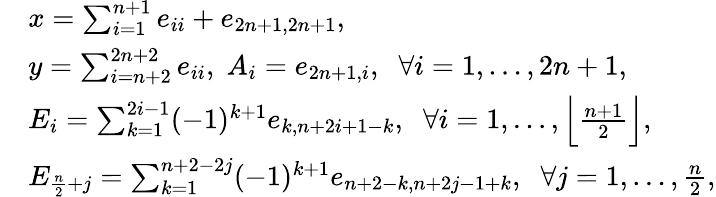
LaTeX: \begin{array}{rl}&{x=\sum_{i=1}^{n+1}e_{ii}+e_{2n+1,2n+1},\; }\\ &{y=\sum_{i=n+2}^{2n+2}e_{ii},\; A_{i}=e_{2n+1,i},\; \; \forall i=1,\ldots,2n+1,}\\ &{E_{i}=\sum_{k=1}^{2i-1}(-1)^{k+1}e_{k,n+2i+1-k},\; \; \forall i=1,\ldots,\Big\lfloor\frac{n+1}{2}\Big\rfloor,}\\ &{E_{\frac{n}{2}+j}=\sum_{k=1}^{n+2-2j}(-1)^{k+1}e_{n+2-k,n+2j-1+k},\; \; \forall j=1,\ldots,\frac{n}{2},}\end{array}